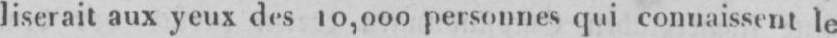
liserait aux yeux des 10,000 personnes qui connaissent le